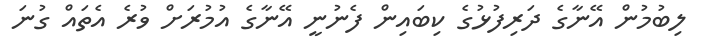
ލިބުމުން އޭނާގެ ދަރިފުޅުގެ ކިބައިން ފެނުނީ އޭނާގެ އުމުރަށް ވުރެ އެތައް ގުނަ